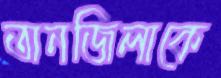
তানজিলাকে